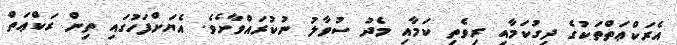
އެރަކްޢަތްތަކުގެ ދިގުކަމާއި ރިވެތި ކަމާއި މެދު ސުވާލު ނުކުރައްވާށެވެ. އެޔަށްފަހުގައި ތިން ރަކްޢަތް